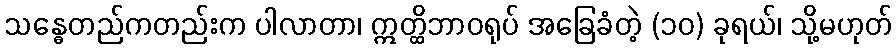
သန္ဓေတည်ကတည်းက ပါလာတာ၊ ဣတ္ထိဘာဝရုပ် အခြေခံတဲ့ (၁၀) ခုရယ်၊ သို့မဟုတ်